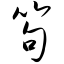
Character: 笱